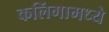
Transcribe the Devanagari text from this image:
कलिंगामध्ये